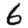
Digit: 6